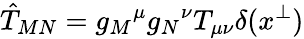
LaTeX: \hat{T}_{MN}=g_{M}{}^{\mu}g_{N}{}^{\nu}T_{\mu\nu}\delta(x^{\perp})